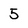
Character: 5